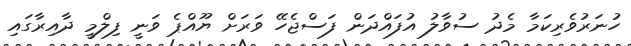
ހުނަރުވެރިކަމާ މެދު ސުވާލު އުފައްދަން ފަސްޖެހޭ ވަރަށް ޔޫއްޕެ ވަނީ ފިލްމީ ދާއިރާގައި